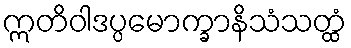
ဣတိဝါဒပ္ပမောက္ခာနိသံသတ္ထံ